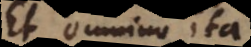
Et omnino ita